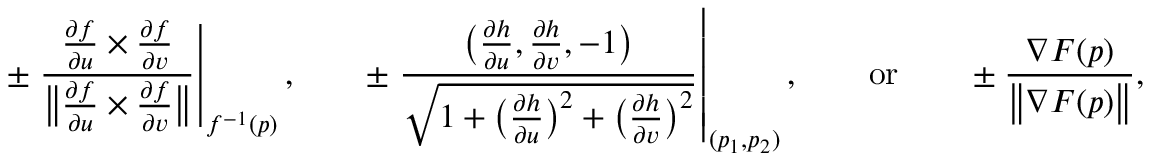
\pm \left. { \frac { { \frac { \partial f } { \partial u } } \times { \frac { \partial f } { \partial v } } } { { \big \| } { \frac { \partial f } { \partial u } } \times { \frac { \partial f } { \partial v } } { \big \| } } } \right| _ { f ^ { - 1 } ( p ) } , \qquad \pm \left. { \frac { { \big ( } { \frac { \partial h } { \partial u } } , { \frac { \partial h } { \partial v } } , - 1 { \big ) } } { \sqrt { 1 + { \big ( } { \frac { \partial h } { \partial u } } { \big ) } ^ { 2 } + { \big ( } { \frac { \partial h } { \partial v } } { \big ) } ^ { 2 } } } } \right| _ { ( p _ { 1 } , p _ { 2 } ) } , \qquad { \mathrm { o r } } \qquad \pm { \frac { \nabla F ( p ) } { { \big \| } \nabla F ( p ) { \big \| } } } ,